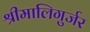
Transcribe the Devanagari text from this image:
श्रीमालिगुर्जर